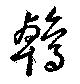
鵫